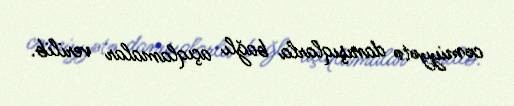
cəmiyyətə danışıqlarla bağlı açıqlamalar verilib.